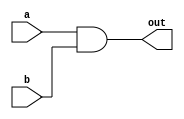
module top_module( 
    input a, 
    input b, 
    output out );
    and (out,a,b);
endmodule